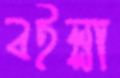
বইল্লা